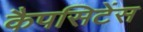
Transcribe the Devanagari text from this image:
कैपसिटेंस